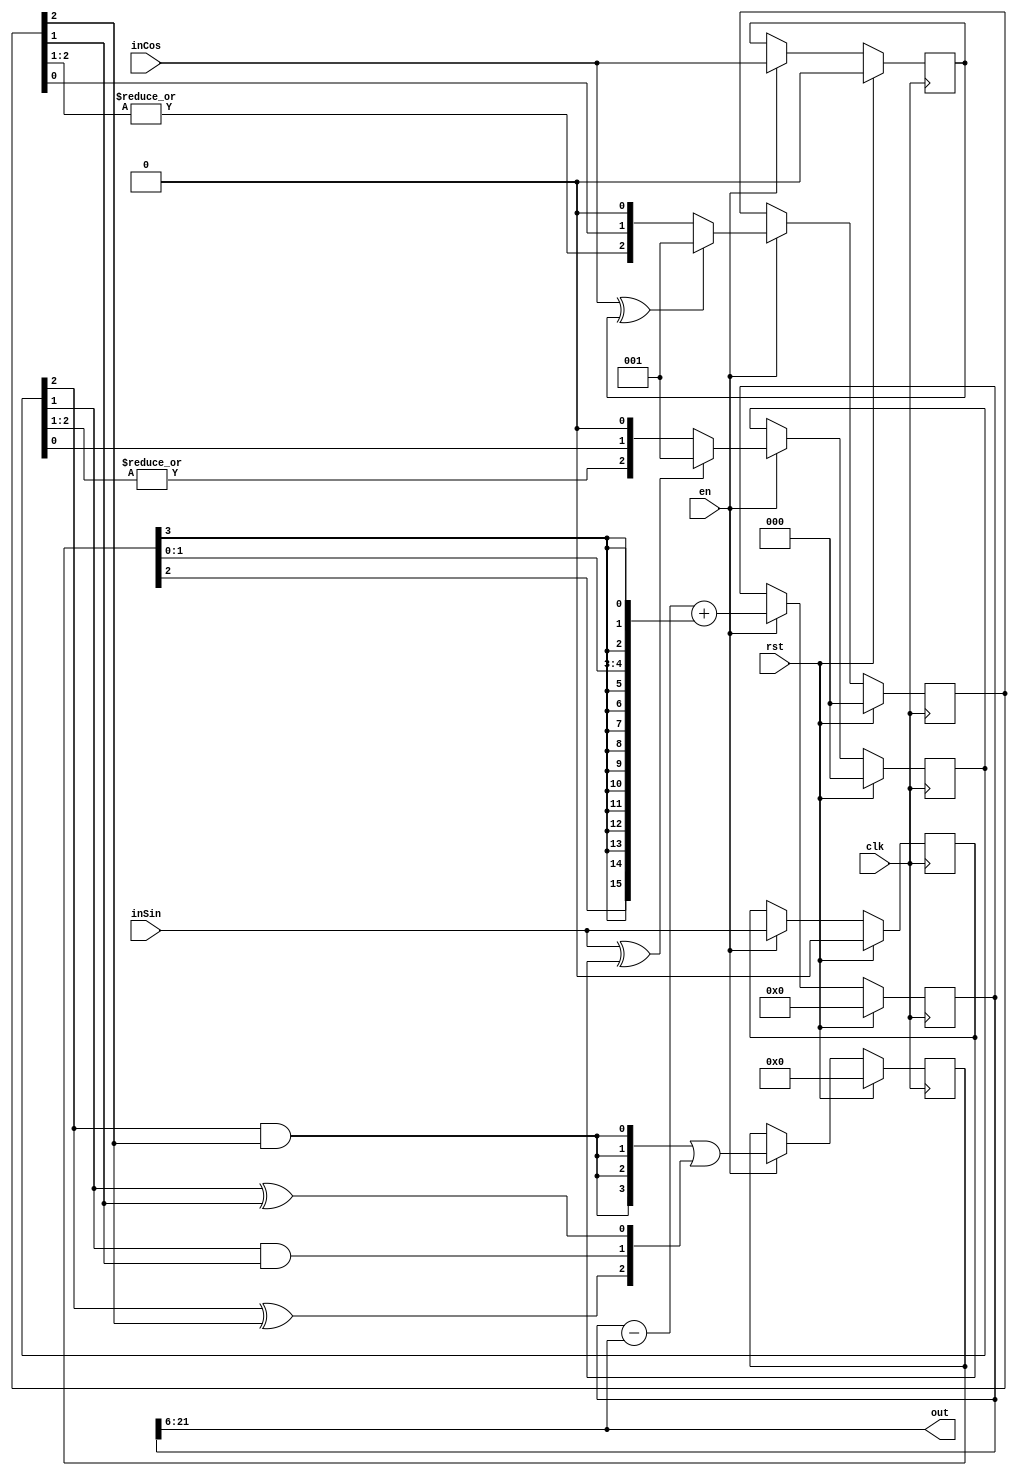
module sdDualMagnitude #(
    parameter WIDTH = 16,
    parameter GAIN = 6
)
(
    input clk,   ///< System Clock
    input rst,   ///< Reset, active high & synchronous
    input en,    ///< Enable (use to clock at slower rate)
    input inSin, ///< Sigma-delta input, sine channel
    input inCos, ///< Sigma-delta input, cosine channel
    output wire [WIDTH-1:0] out ///< Magnitude of signal
);

localparam WIDTH_WORD = 16;

reg [WIDTH+GAIN-1:0] acc;
reg [2:0] sinC;
reg [2:0] cosC;
reg [3:0] sums;
reg inCosD1;
reg inSinD1;


always @(posedge clk) begin
    if (rst) begin
        acc     <= 'd0;
        inCosD1 <= 1'b0;
        inSinD1 <= 1'b0;
        sinC    <= 3'b000;
        cosC    <= 3'b000;
        sums    <= 4'd0;
    end
    else if (en) begin
        inSinD1 <= inSin;
        inCosD1 <= inCos;
        sums <= {4{sinC[2]&cosC[2]}} | {1'b0, sinC[2]^cosC[2], sinC[1]&cosC[1], sinC[1]^cosC[1]};
        sinC <= (inSin ^ inSinD1) ? 3'b001 : {|sinC[2:1], sinC[0], 1'b0};
        cosC <= (inCos ^ inCosD1) ? 3'b001 : {|cosC[2:1], cosC[0], 1'b0};
        acc <= acc - (acc >>> GAIN) + {sums[2], {10{sums[3]}}, sums[1], sums[0], {3{sums[3]}}};
    end
end

assign out = (acc >>> GAIN);

endmodule